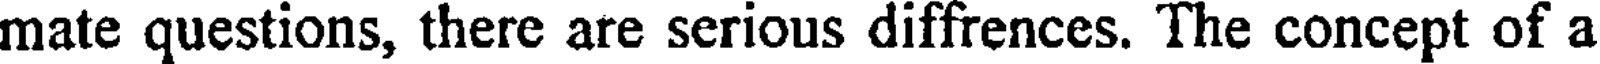
mate questions, there are serious diffrences. The concept of a